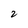
Character: 2